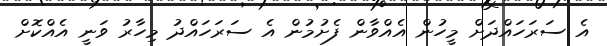
އެެ ސަރަހައްދަށް މީހުން އެއްވާން ފެށުމުން އެ ސަރަހައްދު މިހާރު ވަނީ އެއްކޮށް